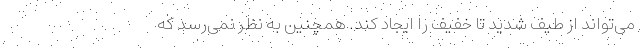
می‌تواند از طیف شدید تا خفیف را ایجاد کند. همچنین به نظر نمی‌رسد که